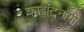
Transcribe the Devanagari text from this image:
काइटिनायी